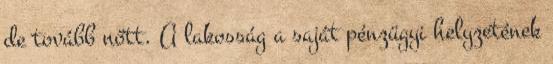
de tovább nőtt. A lakosság a saját pénzügyi helyzetének